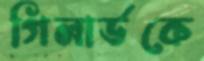
গিলার্ডকে